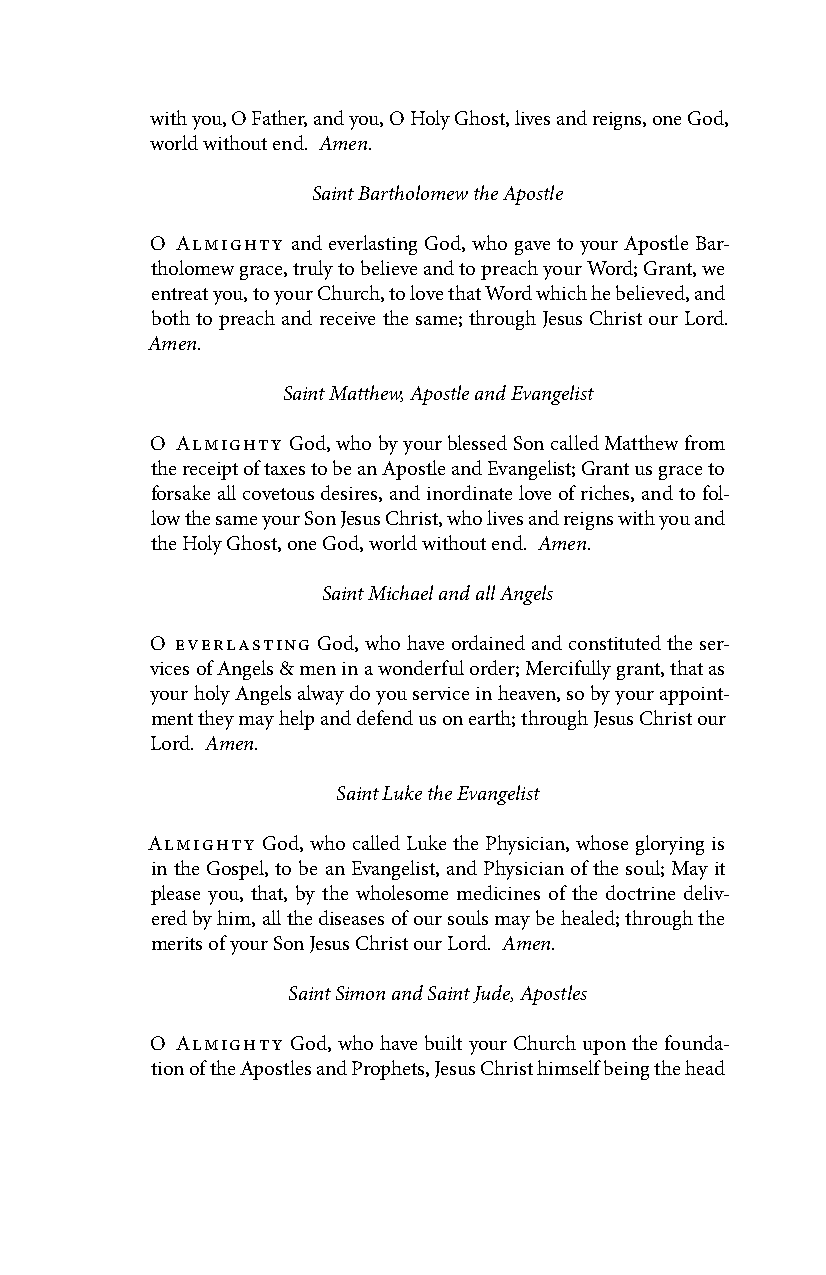
with you, O Father, and you, O Holy Ghost, lives and reigns, one God,
 world without end. Amen.
 Saint Bartholomew the Apostle
 O Almighty and everlasting God, who gave to your Apostle Bar-
 tholomew grace, truly to believe and to preach your Word; Grant, we
 entreat you, to your Church, to love that Word which he believed, and
 both to preach and receive the same; through Jesus Christ our Lord.
 Amen.
 Saint Matthew, Apostle and Evangelist
 O Almighty God, who by your blessed Son called Matthew from
 the receipt of taxes to be an Apostle and Evangelist; Grant us grace to
 forsake all covetous desires, and inordinate love of riches, and to fol-
 low the same your Son Jesus Christ, who lives and reigns with you and
 the Holy Ghost, one God, world without end. Amen.
 Saint Michael and all Angels
 O everlasting God, who have ordained and constituted the ser-
 vices of Angels & men in a wonderful order; Mercifully grant, that as
 your holy Angels alway do you service in heaven, so by your appoint-
 ment they may help and defend us on earth; through Jesus Christ our
 Lord. Amen.
 Saint Luke the Evangelist
 Almighty God, who called Luke the Physician, whose glorying is
 in the Gospel, to be an Evangelist, and Physician of the soul; May it
 please you, that, by the wholesome medicines of the doctrine deliv-
 ered by him, all the diseases of our souls may be healed; through the
 merits of your Son Jesus Christ our Lord. Amen.
 Saint Simon and Saint Jude, Apostles
 O Almighty God, who have built your Church upon the founda-
 tion of the Apostles and Prophets, Jesus Christ himself being the head